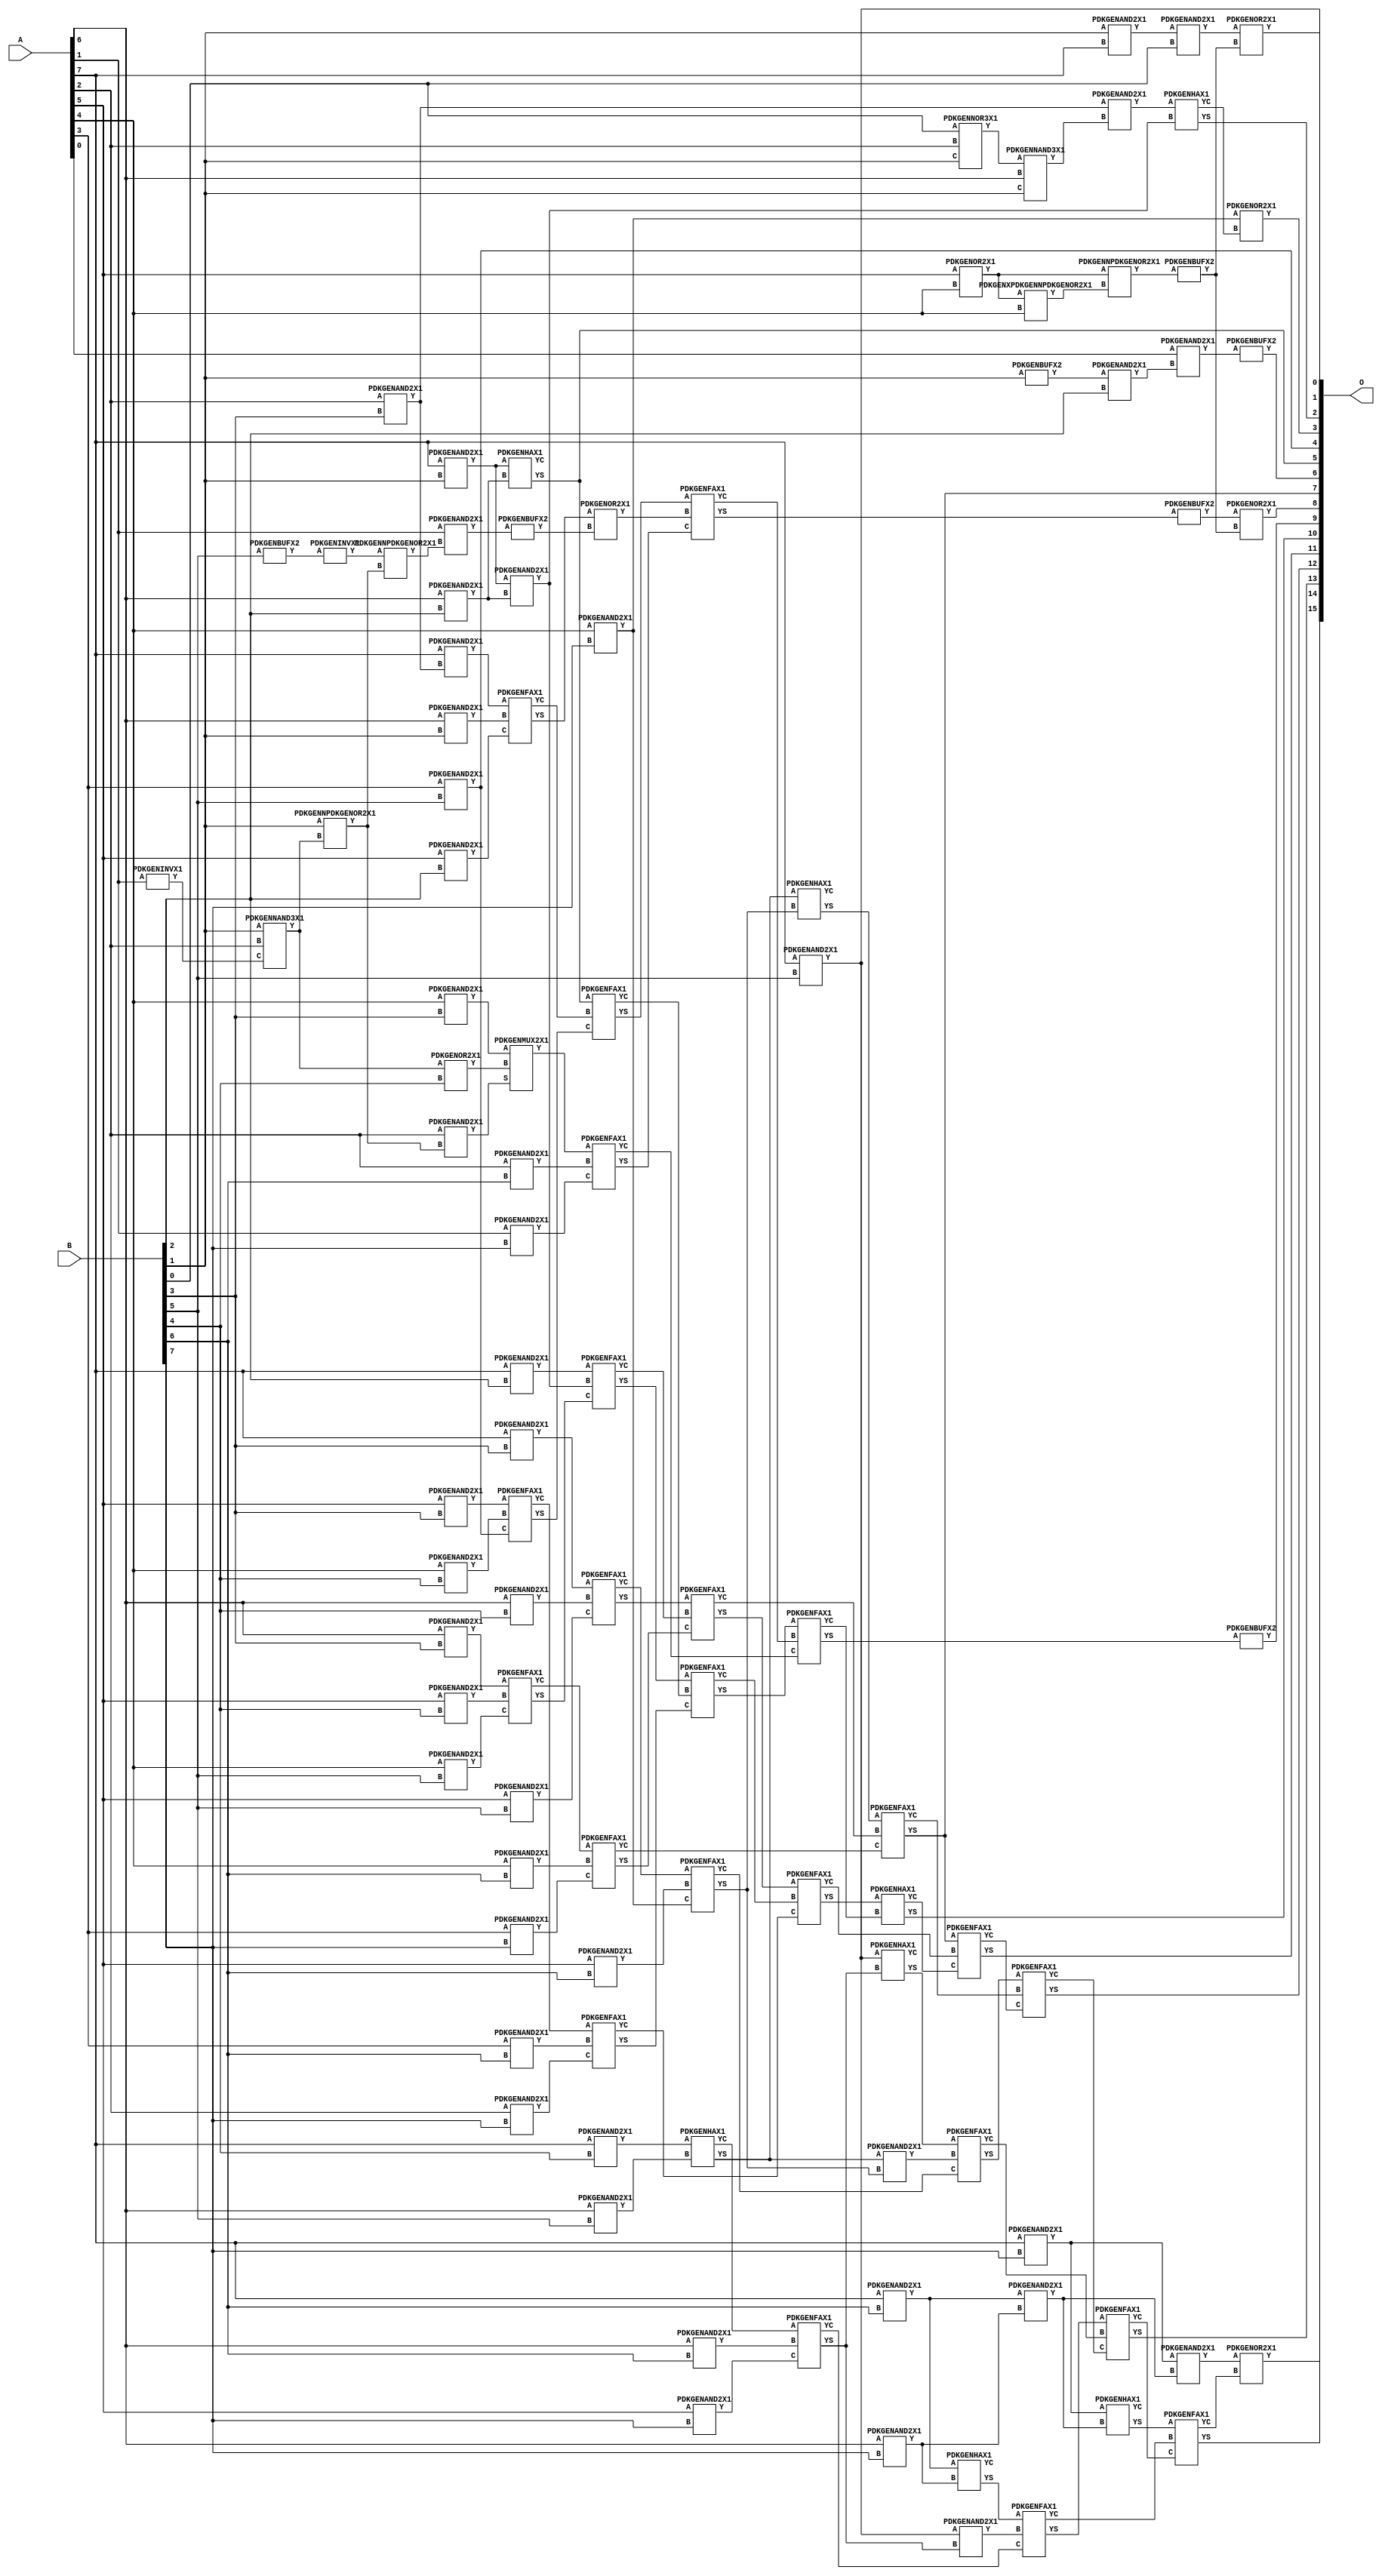
// Library = EvoApprox8b
// Circuit = mul8_471
// Area   (180) = 5576
// Delay  (180) = 2.480
// Power  (180) = 2494.70
// Area   (45) = 407
// Delay  (45) = 0.940
// Power  (45) = 212.50
// Nodes = 100
// HD = 304562
// MAE = 182.87915
// MSE = 54220.73438
// MRE = 5.38 %
// WCE = 978
// WCRE = 967 %
// EP = 98.5 %

module mul8_471(A, B, O);
  input [7:0] A;
  input [7:0] B;
  output [15:0] O;
  wire [2031:0] N;

  assign N[0] = A[0];
  assign N[1] = A[0];
  assign N[2] = A[1];
  assign N[3] = A[1];
  assign N[4] = A[2];
  assign N[5] = A[2];
  assign N[6] = A[3];
  assign N[7] = A[3];
  assign N[8] = A[4];
  assign N[9] = A[4];
  assign N[10] = A[5];
  assign N[11] = A[5];
  assign N[12] = A[6];
  assign N[13] = A[6];
  assign N[14] = A[7];
  assign N[15] = A[7];
  assign N[16] = B[0];
  assign N[17] = B[0];
  assign N[18] = B[1];
  assign N[19] = B[1];
  assign N[20] = B[2];
  assign N[21] = B[2];
  assign N[22] = B[3];
  assign N[23] = B[3];
  assign N[24] = B[4];
  assign N[25] = B[4];
  assign N[26] = B[5];
  assign N[27] = B[5];
  assign N[28] = B[6];
  assign N[29] = B[6];
  assign N[30] = B[7];
  assign N[31] = B[7];

  PDKGENAND2X1 n32(.A(N[18]), .B(N[14]), .Y(N[32]));
  assign N[33] = N[32];
  PDKGENNOR3X1 n34(.A(N[16]), .B(N[4]), .C(N[18]), .Y(N[34]));
  assign N[35] = N[34];
  PDKGENOR2X1 n42(.A(N[10]), .B(N[8]), .Y(N[42]));
  assign N[43] = N[42];
  PDKGENINVX1 n44(.A(N[2]), .Y(N[44]));
  assign N[45] = N[44];
  PDKGENAND2X1 n46(.A(N[33]), .B(N[16]), .Y(N[46]));
  PDKGENBUFX2 n48(.A(N[18]), .Y(N[48]));
  assign N[49] = N[48];
  PDKGENBUFX2 n50(.A(N[26]), .Y(N[50]));
  assign N[51] = N[50];
  PDKGENNAND3X1 n54(.A(N[18]), .B(N[4]), .C(N[45]), .Y(N[54]));
  assign N[55] = N[54];
  PDKGENNPDKGENOR2X1 n56(.A(N[18]), .B(N[54]), .Y(N[56]));
  PDKGENXPDKGENNPDKGENOR2X1 n58(.A(N[43]), .B(N[8]), .Y(N[58]));
  PDKGENAND2X1 n60(.A(N[4]), .B(N[22]), .Y(N[60]));
  PDKGENINVX1 n62(.A(N[51]), .Y(N[62]));
  assign N[63] = N[62];
  PDKGENNPDKGENOR2X1 n70(.A(N[63]), .B(N[56]), .Y(N[70]));
  PDKGENNPDKGENOR2X1 n78(.A(N[43]), .B(N[58]), .Y(N[78]));
  PDKGENAND2X1 n102(.A(N[49]), .B(N[20]), .Y(N[102]));
  PDKGENNAND3X1 n114(.A(N[35]), .B(N[12]), .C(N[18]), .Y(N[114]));
  PDKGENAND2X1 n120(.A(N[2]), .B(N[70]), .Y(N[120]));
  assign N[121] = N[120];
  PDKGENAND2X1 n134(.A(N[14]), .B(N[60]), .Y(N[134]));
  PDKGENBUFX2 n150(.A(N[78]), .Y(N[150]));
  PDKGENAND2X1 n238(.A(N[12]), .B(N[18]), .Y(N[238]));
  PDKGENAND2X1 n254(.A(N[14]), .B(N[18]), .Y(N[254]));
  PDKGENAND2X1 n342(.A(N[10]), .B(N[20]), .Y(N[342]));
  assign N[343] = N[342];
  PDKGENAND2X1 n356(.A(N[12]), .B(N[20]), .Y(N[356]));
  PDKGENAND2X1 n372(.A(N[14]), .B(N[20]), .Y(N[372]));
  PDKGENAND2X1 n446(.A(N[8]), .B(N[22]), .Y(N[446]));
  PDKGENAND2X1 n460(.A(N[10]), .B(N[22]), .Y(N[460]));
  PDKGENAND2X1 n476(.A(N[12]), .B(N[22]), .Y(N[476]));
  PDKGENAND2X1 n490(.A(N[14]), .B(N[22]), .Y(N[490]));
  PDKGENOR2X1 n550(.A(N[55]), .B(N[24]), .Y(N[550]));
  PDKGENAND2X1 n564(.A(N[8]), .B(N[24]), .Y(N[564]));
  PDKGENAND2X1 n580(.A(N[10]), .B(N[24]), .Y(N[580]));
  PDKGENAND2X1 n594(.A(N[12]), .B(N[24]), .Y(N[594]));
  PDKGENAND2X1 n608(.A(N[14]), .B(N[24]), .Y(N[608]));
  PDKGENAND2X1 n654(.A(N[4]), .B(N[56]), .Y(N[654]));
  PDKGENAND2X1 n668(.A(N[6]), .B(N[26]), .Y(N[668]));
  assign N[669] = N[668];
  PDKGENAND2X1 n682(.A(N[8]), .B(N[26]), .Y(N[682]));
  PDKGENAND2X1 n698(.A(N[10]), .B(N[26]), .Y(N[698]));
  PDKGENAND2X1 n712(.A(N[12]), .B(N[26]), .Y(N[712]));
  PDKGENAND2X1 n728(.A(N[14]), .B(N[26]), .Y(N[728]));
  assign N[729] = N[728];
  PDKGENAND2X1 n772(.A(N[4]), .B(N[28]), .Y(N[772]));
  PDKGENAND2X1 n786(.A(N[6]), .B(N[28]), .Y(N[786]));
  PDKGENAND2X1 n802(.A(N[8]), .B(N[28]), .Y(N[802]));
  PDKGENAND2X1 n816(.A(N[10]), .B(N[28]), .Y(N[816]));
  PDKGENAND2X1 n832(.A(N[12]), .B(N[28]), .Y(N[832]));
  PDKGENAND2X1 n846(.A(N[14]), .B(N[28]), .Y(N[846]));
  PDKGENAND2X1 n860(.A(N[0]), .B(N[102]), .Y(N[860]));
  assign N[861] = N[860];
  PDKGENAND2X1 n876(.A(N[2]), .B(N[30]), .Y(N[876]));
  PDKGENAND2X1 n890(.A(N[4]), .B(N[30]), .Y(N[890]));
  PDKGENAND2X1 n906(.A(N[6]), .B(N[30]), .Y(N[906]));
  PDKGENAND2X1 n920(.A(N[8]), .B(N[30]), .Y(N[920]));
  assign N[921] = N[920];
  PDKGENAND2X1 n934(.A(N[10]), .B(N[30]), .Y(N[934]));
  PDKGENAND2X1 n950(.A(N[12]), .B(N[30]), .Y(N[950]));
  PDKGENAND2X1 n964(.A(N[14]), .B(N[30]), .Y(N[964]));
  PDKGENOR2X1 n980(.A(N[46]), .B(N[150]), .Y(N[980]));
  PDKGENAND2X1 n994(.A(N[60]), .B(N[114]), .Y(N[994]));
  PDKGENBUFX2 n1054(.A(N[121]), .Y(N[1054]));
  assign N[1055] = N[1054];
  PDKGENFAX1 n1068(.A(N[134]), .B(N[238]), .C(N[343]), .YS(N[1068]), .YC(N[1069]));
  PDKGENAND2X1 n1082(.A(N[254]), .B(N[356]), .Y(N[1082]));
  PDKGENHAX1 n1098(.A(N[254]), .B(N[356]), .YS(N[1098]), .YC(N[1099]));
  PDKGENMUX2X1 n1156(.A(N[446]), .B(N[550]), .S(N[654]), .Y(N[1156]));
  assign N[1157] = N[1156];
  PDKGENFAX1 n1172(.A(N[460]), .B(N[564]), .C(N[668]), .YS(N[1172]), .YC(N[1173]));
  PDKGENFAX1 n1186(.A(N[476]), .B(N[580]), .C(N[682]), .YS(N[1186]), .YC(N[1187]));
  PDKGENFAX1 n1202(.A(N[490]), .B(N[594]), .C(N[698]), .YS(N[1202]), .YC(N[1203]));
  PDKGENHAX1 n1232(.A(N[608]), .B(N[712]), .YS(N[1232]), .YC(N[1233]));
  PDKGENHAX1 n1246(.A(N[994]), .B(N[1082]), .YS(N[1246]), .YC(N[1247]));
  PDKGENOR2X1 n1320(.A(N[1068]), .B(N[1055]), .Y(N[1320]));
  assign N[1321] = N[1320];
  PDKGENFAX1 n1334(.A(N[1098]), .B(N[1069]), .C(N[1172]), .YS(N[1334]), .YC(N[1335]));
  PDKGENFAX1 n1350(.A(N[372]), .B(N[1082]), .C(N[1186]), .YS(N[1350]), .YC(N[1351]));
  PDKGENFAX1 n1394(.A(N[1157]), .B(N[772]), .C(N[876]), .YS(N[1394]), .YC(N[1395]));
  PDKGENFAX1 n1408(.A(N[1173]), .B(N[786]), .C(N[890]), .YS(N[1408]), .YC(N[1409]));
  PDKGENFAX1 n1424(.A(N[1187]), .B(N[802]), .C(N[906]), .YS(N[1424]), .YC(N[1425]));
  PDKGENFAX1 n1438(.A(N[1203]), .B(N[816]), .C(N[920]), .YS(N[1438]), .YC(N[1439]));
  PDKGENFAX1 n1454(.A(N[1233]), .B(N[832]), .C(N[934]), .YS(N[1454]), .YC(N[1455]));
  PDKGENAND2X1 n1468(.A(N[846]), .B(N[950]), .Y(N[1468]));
  PDKGENHAX1 n1482(.A(N[846]), .B(N[950]), .YS(N[1482]), .YC(N[1483]));
  PDKGENOR2X1 n1498(.A(N[921]), .B(N[1247]), .Y(N[1498]));
  PDKGENFAX1 n1572(.A(N[1334]), .B(N[1321]), .C(N[1394]), .YS(N[1572]), .YC(N[1573]));
  PDKGENFAX1 n1586(.A(N[1350]), .B(N[1335]), .C(N[1408]), .YS(N[1586]), .YC(N[1587]));
  PDKGENFAX1 n1602(.A(N[1202]), .B(N[1351]), .C(N[1424]), .YS(N[1602]), .YC(N[1603]));
  PDKGENAND2X1 n1616(.A(N[1232]), .B(N[1438]), .Y(N[1616]));
  PDKGENHAX1 n1632(.A(N[1232]), .B(N[1438]), .YS(N[1632]), .YC(N[1633]));
  PDKGENAND2X1 n1646(.A(N[728]), .B(N[1454]), .Y(N[1646]));
  PDKGENHAX1 n1660(.A(N[728]), .B(N[1454]), .YS(N[1660]), .YC(N[1661]));
  PDKGENBUFX2 n1734(.A(N[1572]), .Y(N[1734]));
  PDKGENFAX1 n1750(.A(N[1586]), .B(N[1573]), .C(N[1395]), .YS(N[1750]), .YC(N[1751]));
  PDKGENFAX1 n1764(.A(N[1602]), .B(N[1587]), .C(N[1409]), .YS(N[1764]), .YC(N[1765]));
  PDKGENFAX1 n1780(.A(N[1632]), .B(N[1603]), .C(N[1425]), .YS(N[1780]), .YC(N[1781]));
  PDKGENFAX1 n1794(.A(N[1660]), .B(N[1616]), .C(N[1439]), .YS(N[1794]), .YC(N[1795]));
  PDKGENFAX1 n1808(.A(N[1482]), .B(N[1646]), .C(N[1455]), .YS(N[1808]), .YC(N[1809]));
  PDKGENAND2X1 n1824(.A(N[964]), .B(N[1468]), .Y(N[1824]));
  PDKGENHAX1 n1838(.A(N[964]), .B(N[1468]), .YS(N[1838]), .YC(N[1839]));
  PDKGENBUFX2 n1868(.A(N[861]), .Y(N[1868]));
  PDKGENOR2X1 n1898(.A(N[1734]), .B(N[150]), .Y(N[1898]));
  PDKGENBUFX2 n1912(.A(N[1750]), .Y(N[1912]));
  PDKGENHAX1 n1928(.A(N[1764]), .B(N[1751]), .YS(N[1928]), .YC(N[1929]));
  PDKGENFAX1 n1942(.A(N[1780]), .B(N[1765]), .C(N[1929]), .YS(N[1942]), .YC(N[1943]));
  PDKGENFAX1 n1956(.A(N[1794]), .B(N[1781]), .C(N[1943]), .YS(N[1956]), .YC(N[1957]));
  PDKGENFAX1 n1972(.A(N[1808]), .B(N[1795]), .C(N[1957]), .YS(N[1972]), .YC(N[1973]));
  PDKGENFAX1 n1986(.A(N[1838]), .B(N[1809]), .C(N[1973]), .YS(N[1986]), .YC(N[1987]));
  PDKGENOR2X1 n2016(.A(N[1824]), .B(N[1987]), .Y(N[2016]));

  assign O[0] = N[729];
  assign O[1] = N[980];
  assign O[2] = N[1246];
  assign O[3] = N[1498];
  assign O[4] = N[669];
  assign O[5] = N[1098];
  assign O[6] = N[1868];
  assign O[7] = N[1780];
  assign O[8] = N[1898];
  assign O[9] = N[1912];
  assign O[10] = N[1928];
  assign O[11] = N[1942];
  assign O[12] = N[1956];
  assign O[13] = N[1972];
  assign O[14] = N[1986];
  assign O[15] = N[2016];

endmodule
/* mod */
module PDKGENFAX1( input A, input B, input C, output YS, output YC );
    assign YS = (A ^ B) ^ C;
    assign YC = (A & B) | (B & C) | (A & C);
endmodule
/* mod */
module PDKGENXPDKGENNPDKGENOR2X1(input A, input B, output Y );
     assign Y = ~(A ^ B);
endmodule
/* mod */
module PDKGENHAX1( input A, input B, output YS, output YC );
    assign YS = A ^ B;
    assign YC = A & B;
endmodule
/* mod */
module PDKGENNOR3X1(input A, input B, input C, output Y );
     assign Y = ~((A | B) | C);
endmodule
/* mod */
module PDKGENAND2X1(input A, input B, output Y );
     assign Y = A & B;
endmodule
/* mod */
module PDKGENINVX1(input A, output Y );
     assign Y = ~A;
endmodule
/* mod */
module PDKGENNPDKGENOR2X1(input A, input B, output Y );
     assign Y = ~(A | B);
endmodule
/* mod */
module PDKGENMUX2X1( input A, input B, input S, output Y );
    assign Y = (A & ~S) | (B & S);
endmodule
/* mod */
module PDKGENNAND3X1(input A, input B, input C, output Y );
     assign Y = ~((A & B) & C);
endmodule
/* mod */
module PDKGENBUFX2(input A, output Y );
     assign Y = A;
endmodule
/* mod */
module PDKGENOR2X1(input A, input B, output Y );
     assign Y = A | B;
endmodule